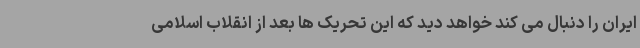
ایران را دنبال می کند خواهد دید که این تحریک ها بعد از انقلاب اسلامی